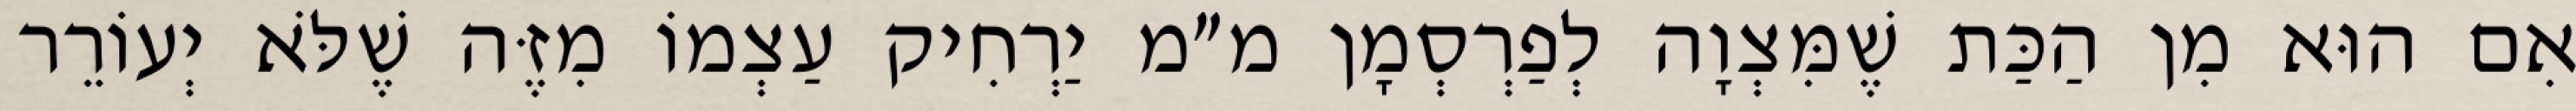
אִם הוּא מִן הַכַּת שֶׁמִּצְוָה לְפַרְסְמָן מ״מ יַרְחִיק עַצְמוֹ מִזֶּה שֶׁלֹּא יְעוֹרֵר